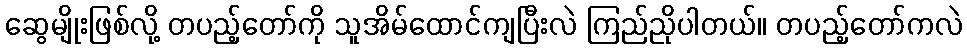
ဆွေမျိုးဖြစ်လို့ တပည့်တော်ကို သူအိမ်ထောင်ကျပြီးလဲ ကြည်ညိုပါတယ်။ တပည့်တော်ကလဲ